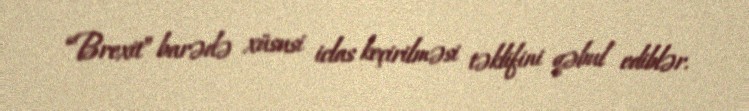
“Brexit” barədə xüsusi iclas keçirilməsi təklifini qəbul ediblər.